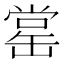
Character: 𦈹